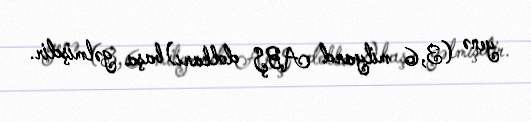
yenə (3,6 milyard ABŞ dolları) başa gəlmişdir.